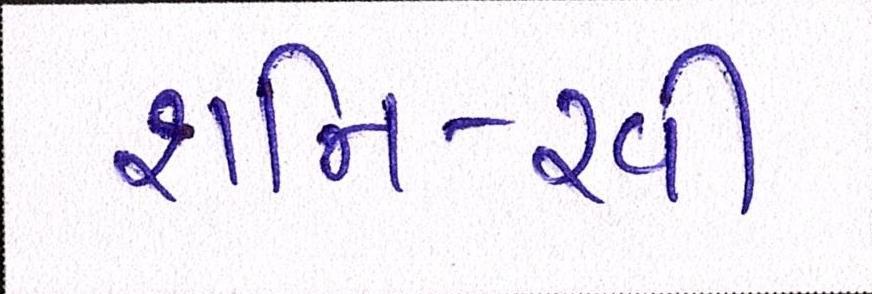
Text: શનિ-રવી